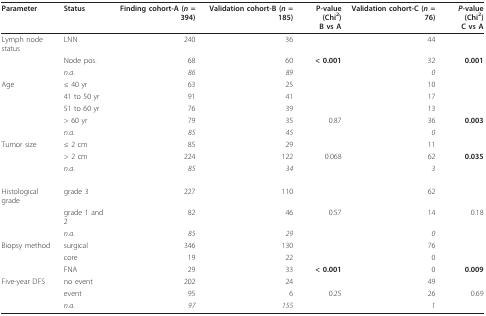
| Parameter | Status | Finding cohort-A (n = 394) | Validation cohort-B (n = 185) | P-value (Chi2)B vs A | Validation cohort-C (n = 76) | P-value (Chi2)C vs A |
 | --- | --- | --- | --- | --- | --- | --- |
 | Lymph node status | LNN | 240 | 36 |  | 44 |  |
 |  | Node pos. | 68 | 60 | < 0.001 | 32 | 0.001 |
 |  | n.a. | 86 | 89 |  | 0 |  |
 | Age | ≤ 40 yr | 63 | 25 |  | 10 |  |
 |  | 41 to 50 yr | 91 | 41 |  | 17 |  |
 |  | 51 to 60 yr | 76 | 39 |  | 13 |  |
 |  | > 60 yr | 79 | 35 | 0.87 | 36 | 0.003 |
 |  | n.a. | 85 | 45 |  | 0 |  |
 | Tumor size | ≤ 2 cm | 85 | 29 |  | 11 |  |
 |  | > 2 cm | 224 | 122 | 0.068 | 62 | 0.035 |
 |  | n.a. | 85 | 34 |  | 3 |  |
 | Histological grade | grade 3 | 227 | 110 |  | 62 |  |
 |  | grade 1 and 2 | 82 | 46 | 0.57 | 14 | 0.18 |
 |  | n.a. | 85 | 29 |  | 0 |  |
 | Biopsy method | surgical | 346 | 130 |  | 76 |  |
 |  | core | 19 | 22 |  | 0 |  |
 |  | FNA | 29 | 33 | < 0.001 | 0 | 0.009 |
 | Five-year DFS | no event | 202 | 24 |  | 49 |  |
 |  | event | 95 | 6 | 0.25 | 26 | 0.69 |
 |  | n.a. | 97 | 155 |  | 1 |  |